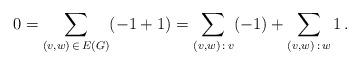
LaTeX: \begin{align*}0 = \sum_{(v,w)\,\in\, E(G)}(-1+1) = \sum_{(v,w)\,:\, v }(-1)+\sum_{(v,w)\,:\, w } 1 \, .\end{align*}